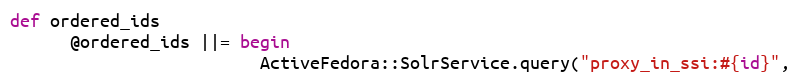
Language: Ruby
def ordered_ids
      @ordered_ids ||= begin
                         ActiveFedora::SolrService.query("proxy_in_ssi:#{id}",